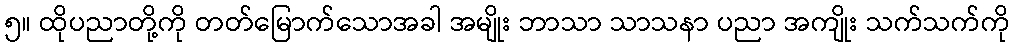
၅။ ထိုပညာတို့ကို တတ်မြောက်သောအခါ အမျိုး ဘာသာ သာသနာ ပညာ အကျိုး သက်သက်ကို